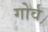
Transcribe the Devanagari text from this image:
गोर्व